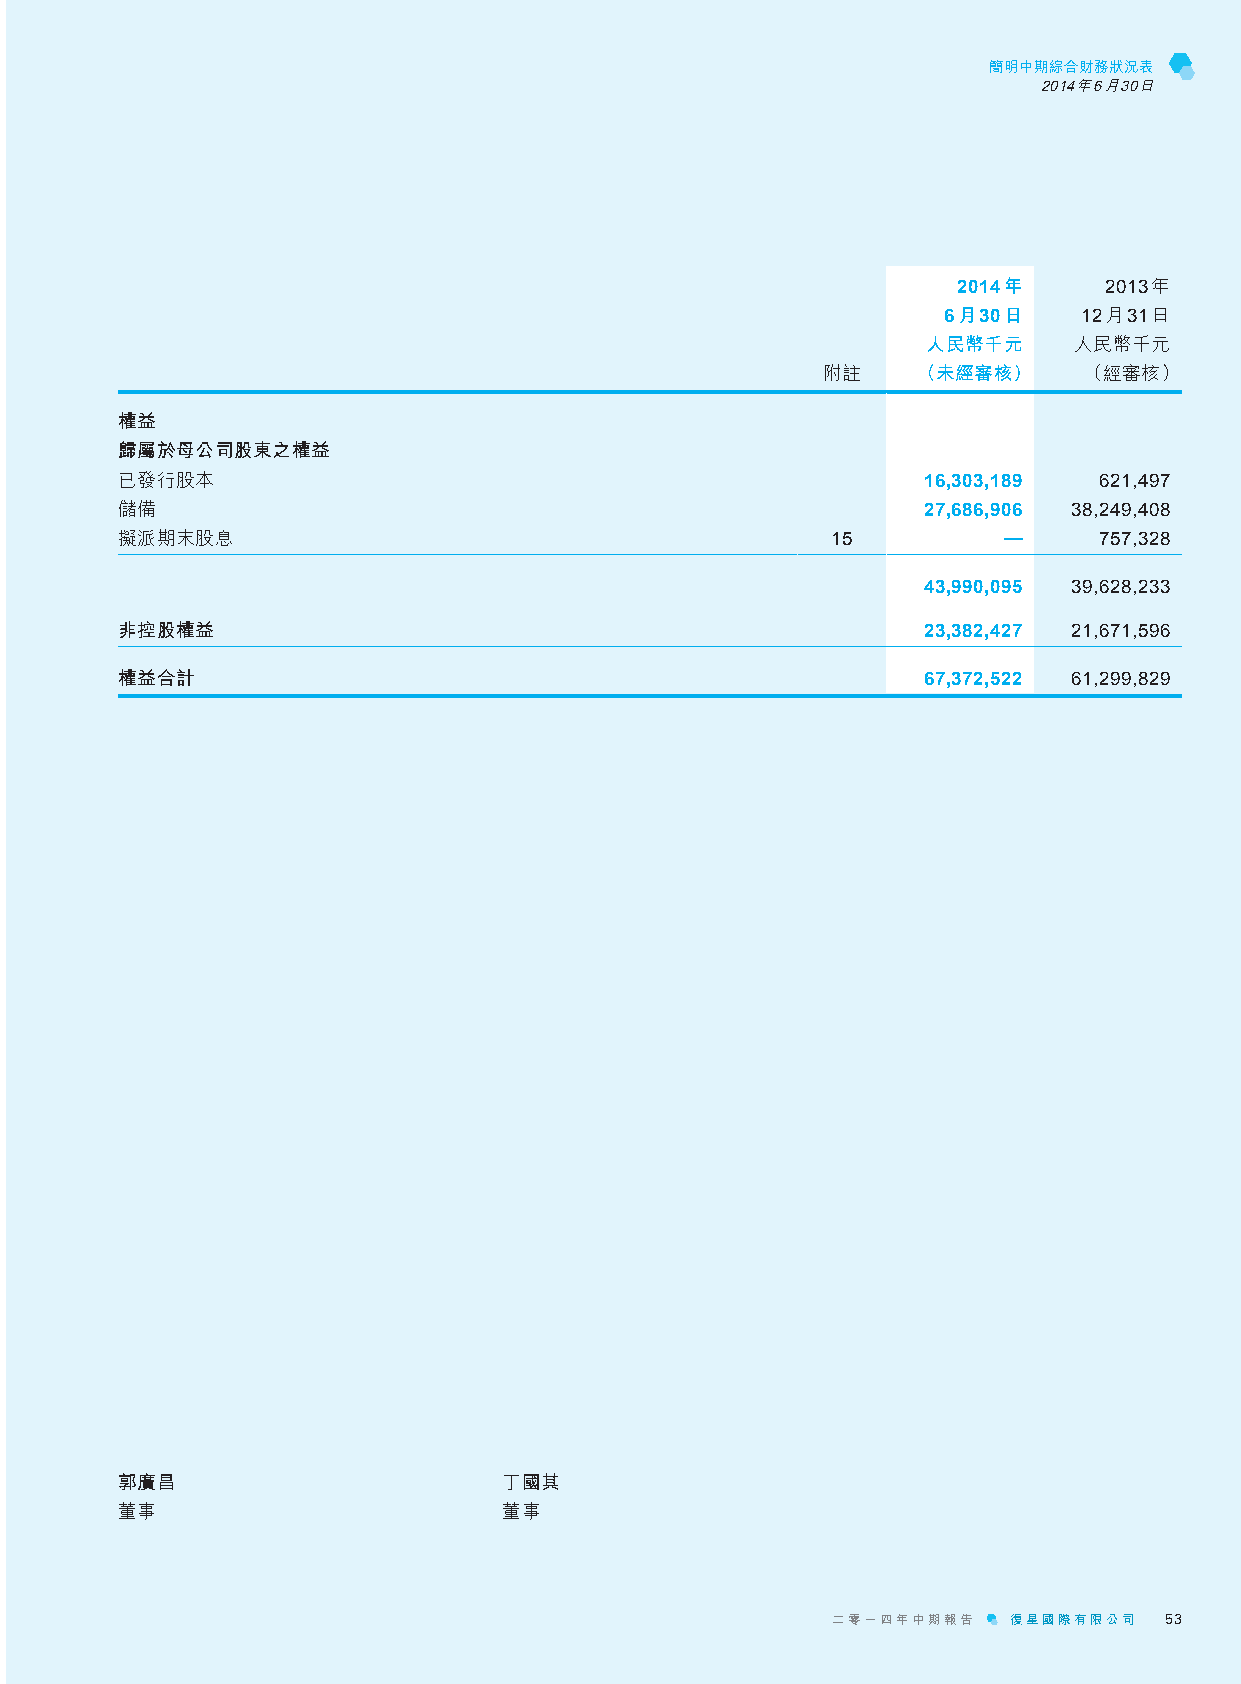
簡明中期綜合財務狀況表
 2014年6月30日
 2014年     2013年
 6月30日     12月31日
 人民幣千元     人民幣千元
 附註     （未經審核）     （經審核）
 權益
 歸屬於母公司股東之權益
 已發行股本                                                16,303,189  621,497
 儲備                                                   27,686,906 38,249,408
 擬派期末股息                                         15         —      757,328
 43,990,095 39,628,233
 非控股權益                                                23,382,427 21,671,596
 權益合計                                                 67,372,522 61,299,829
 郭廣昌                      丁國其
 董事                       董事
 二零一四年中期報告   復星國際有限公司  53